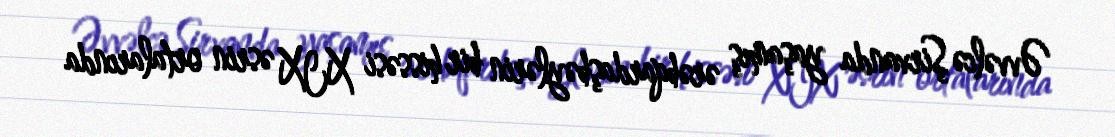
Əvvəlcə Şirvanda yaşamış ərəbqardaşbəylərin bir hissəsi XIX əsrin ortalarında